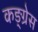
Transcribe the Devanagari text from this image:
कङ्ग्रेस